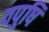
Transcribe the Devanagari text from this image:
वपुषि